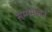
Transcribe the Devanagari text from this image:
सम्मेमेलन